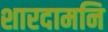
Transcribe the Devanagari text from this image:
शारदामनि